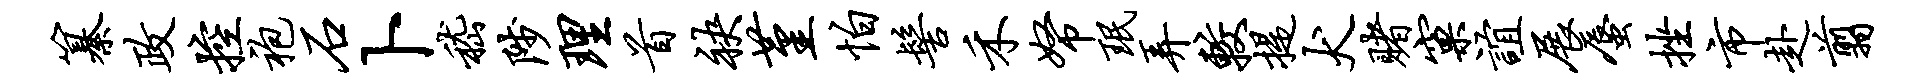
纂政控袍石卜嵇陟理首袂堇怕髻禾帑珉弄较提犬赌窠谊展蜃挫市赴翦